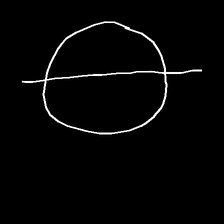
Glyph: orb